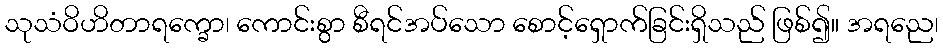
သုသံဝိဟိတာရက္ခော၊ ကောင်းစွာ စီရင်အပ်သော စောင့်ရှောက်ခြင်းရှိသည် ဖြစ်၍။ အရညေ၊